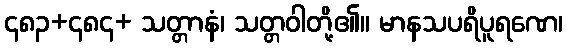
၄၈၃+၄၈၄+ သတ္တာနံ၊ သတ္တဝါတို့၏။ မာနသပရိပူရဏေ၊